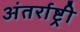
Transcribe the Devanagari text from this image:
अंतर्राष्ट्री